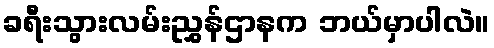
ခရီးသွားလမ်းညွှန်ဌာနက ဘယ်မှာပါလဲ။